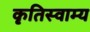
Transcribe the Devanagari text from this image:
कृतिस्वाम्य